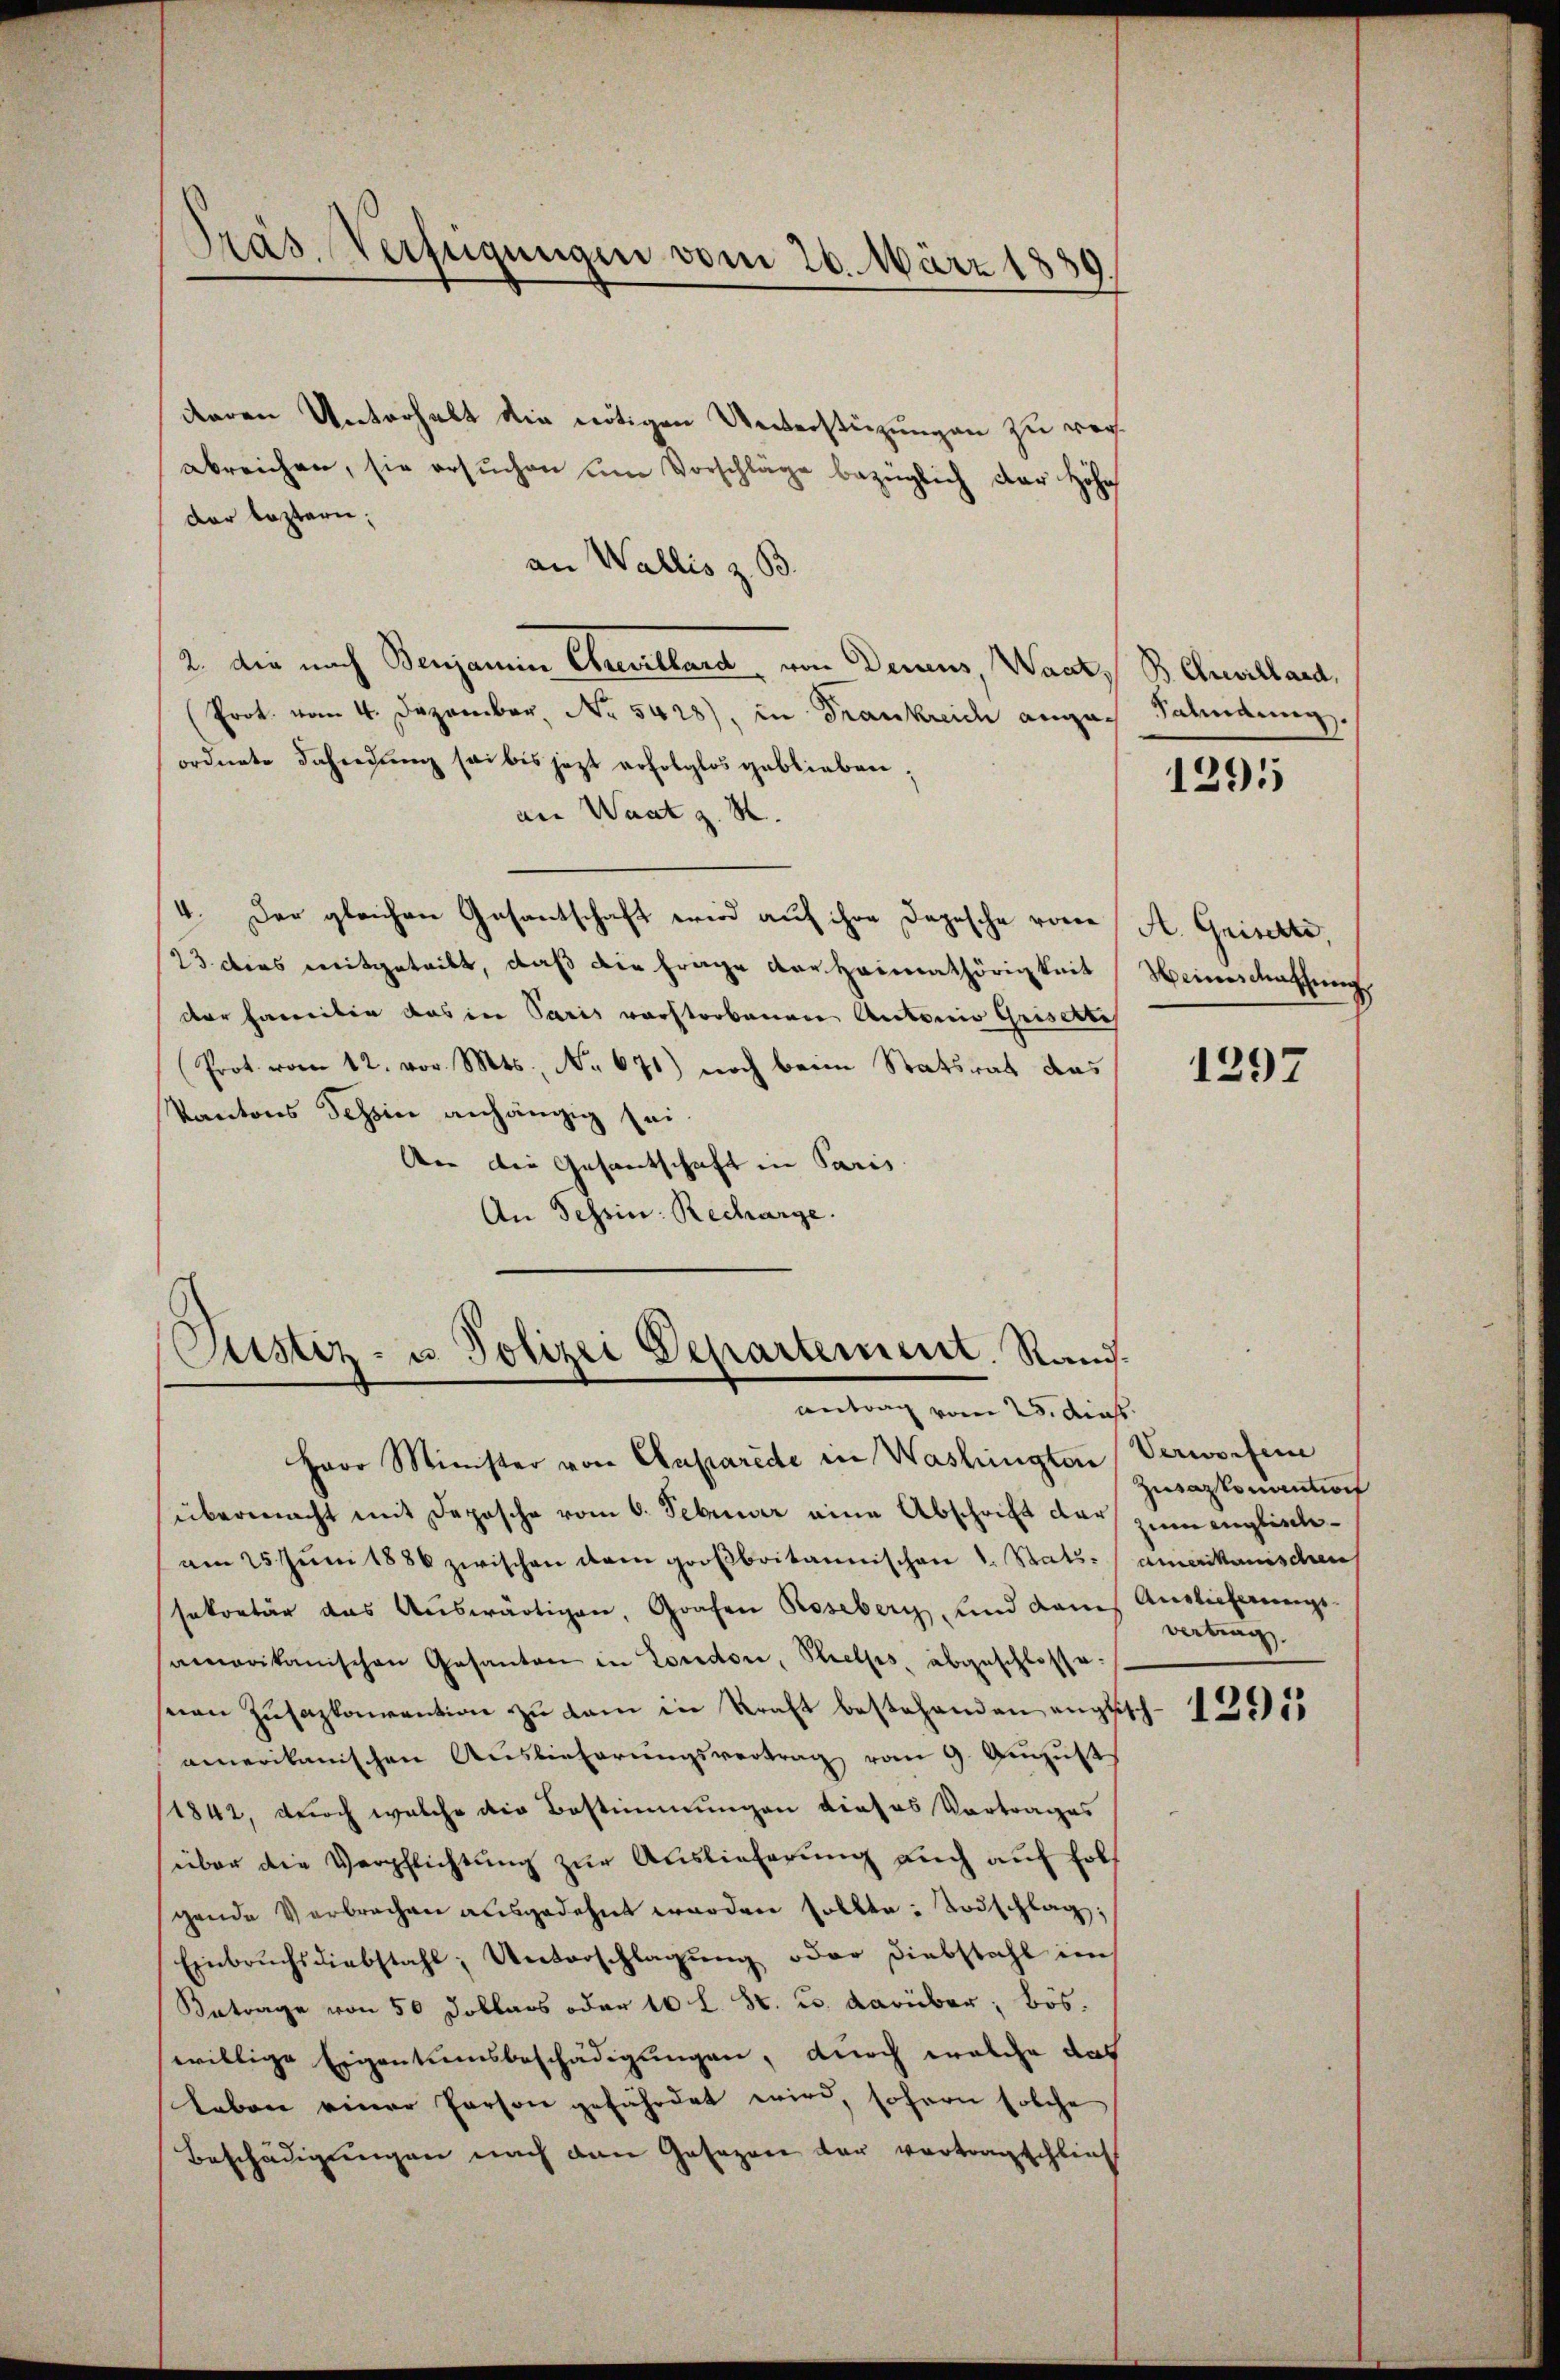
Präs. Verfügungen vom 26. März 1839.

deren Unterhalt die nötigen Unterstüzungen zu verabreichen, sie ersŭchen um Vorschläge bezüglich der Höhe
dar leztern;
an Wallis z. B
2. die nach Benjamin Chevillard von Demus, Wack
Prot. vom 4. Dezember, No. 5428), in Frankreich angeordnete Behindung sei bis jezt erfolglos geblieben;
an Waat z. R.
4. Der gleichen Gasantschaft wird auf ihre Depesche vone
23 dies mitgeteilt, daß die Frage der Heimathörigkeit
der Herreiben das in Paris verstorbenen Antonio Grisettes
Prot. vom 12. vor. Mts., No 671) noch beim Statsrat das
Kantons Tessin anhängig sei
An die Gesantschaft in Paris
An Schrin: Recharge.

Custiz- u. Polizei Departement. Randantrag vom 25. dies

B Chrevillard,
Sahnung.

Herr Minister von Aaparede in Washingten Verworfene
übermacht mit Deposche vom 6. Februar eine Abschrift der zum englischeam 25. Jŭni 1886 zwischen dem großbritannischen 1. Stats- / amerikanischen
sekretär das Aŭswärtigen, Grafen Roseberg und dans Auslieferungs-
samerikanischen Gesanten in London, Stelles, abgeschlosseseen Zŭsazkamention zu kam in Kraft bestehenden angeset
amerikanischen Auslieferungsvertrag vom 9. August
1842, durch welche die Bestimmungen dieses Vortrages
über die Verpflichtung zur Auslieferung auch auf fol
gende Verbrechen ausgedehnt worden sollte: Todschlag;
Einbruchsdiebstahl, Unterschlagŭng oder Diebstahl im
Betrage von 50 Dollars oder 10 l. St. u. darüber; bös.
willige Eigentumsbeschädigungen, durch welche das
leben einer Person gefährdet wird, sofern solche
Beschädigungen nach den Gesezen der vertragschlies

1291

A. Griserli.
Weinschaffung

1297

Zuwartenanton
vertrag,

. 1291